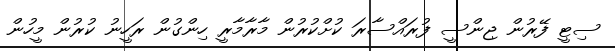
ސިޓީ ފޭރުން ޖިންސީ ފުރައްސާރަ ކުށްކުރުން މާރާމާރީ ހިންގުން ރަހީނު ކުރުން މީހުން